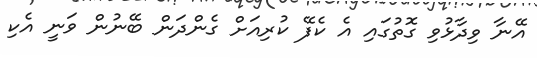
އޭނާ ވިދާޅުވި ގޮތުގައި އެ ކެފޭ ކުރިއަށް ގެންދަން ބޭނުން ވަނީ އެކި